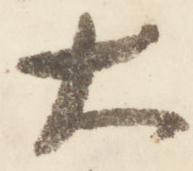
大